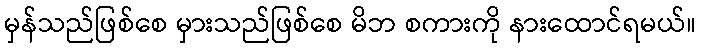
မှန်သည်ဖြစ်စေ မှားသည်ဖြစ်စေ မိဘ စကားကို နားထောင်ရမယ်။